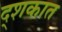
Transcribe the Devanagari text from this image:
द्शकात